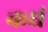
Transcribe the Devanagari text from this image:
कधं